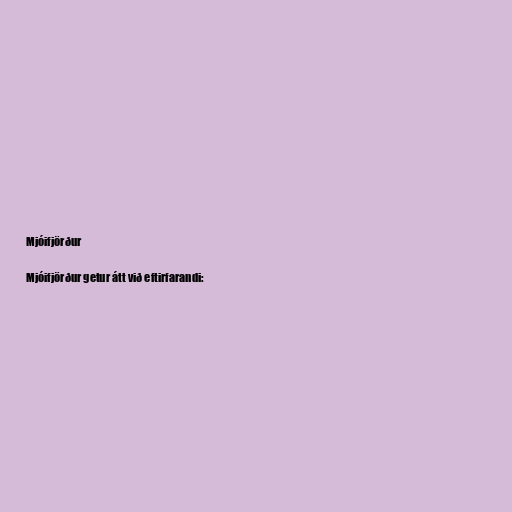
Mjóifjörður

Mjóifjörður getur átt við eftirfarandi: